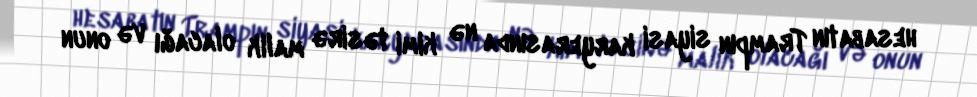
hesabatın Trampın siyasi karyerasında nə kimi təsirə malik olacağı və onun